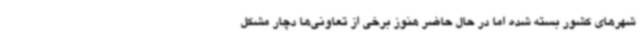
شهرهای کشور بسته شده اما در حال حاضر هنوز برخی از تعاونی‌ها دچار مشکل